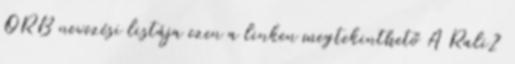
ORB nevezési listája ezen a linken megtekinthető A Rali2